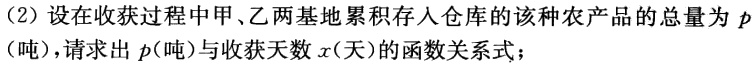
(2) 设在收获过程中甲、乙两基地累积存入仓库的该种农产品的总量为 \(p\)（吨），请求出 \(p\)（吨）与收获天数 \(x\)（天）的函数关系式；